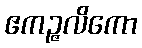
ဧကဉ္ဇလိကော